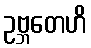
ဥဗ္ဘတေဟိ